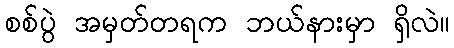
စစ်ပွဲ အမှတ်တရက ဘယ်နားမှာ ရှိလဲ။